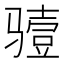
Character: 𮹏